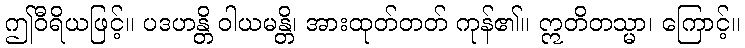
ဤဝီရိယဖြင့်။ ပဒဟန္တိ ဝါယမန္တိ၊ အားထုတ်တတ် ကုန်၏။ ဣတိတသ္မာ၊ ကြောင့်။